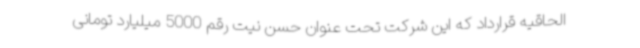
الحاقیه قرارداد که این شرکت تحت عنوان حسن نیت رقم 5000 میلیارد تومانی